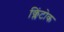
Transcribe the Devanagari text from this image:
क्लिंटोक